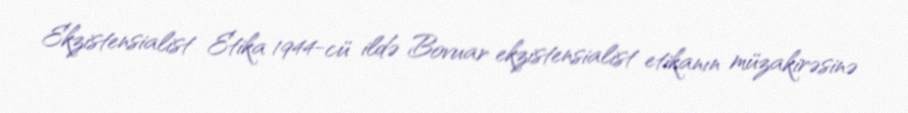
Ekzistensialist Etika 1944-cü ildə Bovuar ekzistensialist etikanın müzakirəsinə